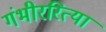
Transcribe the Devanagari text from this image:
गंभीररित्या